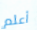
أعلم